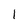
Character: 1